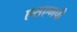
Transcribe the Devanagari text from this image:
एसएमपी